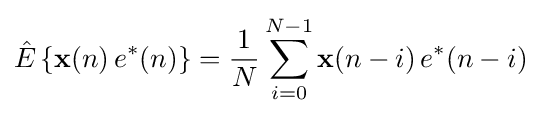
{\hat {E}}\left\{\mathbf {x} (n)\,e^{*}(n)\right\}={\frac {1}{N}}\sum _{i=0}^{N-1}\mathbf {x} (n-i)\,e^{*}(n-i)